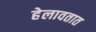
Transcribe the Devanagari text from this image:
हेलावतात